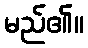
မည်၏။